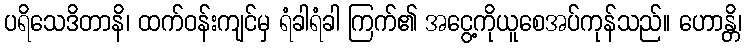
ပရိသေဒိတာနိ၊ ထက်ဝန်းကျင်မှ ရံခါရံခါ ကြက်၏ အငွေ့ကိုယူစေအပ်ကုန်သည်။ ဟောန္တိ၊